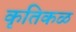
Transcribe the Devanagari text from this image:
कृतिकळ